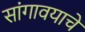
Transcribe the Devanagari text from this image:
सांगावयाचें